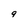
Character: 9